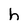
Character: h